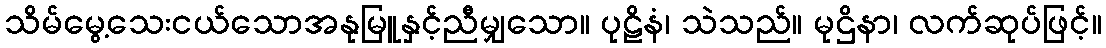
သိမ်မွေ့သေးငယ်သောအနုမြူနှင့်ညီမျှသော။ ပုဠိနံ၊ သဲသည်။ မုဌိနာ၊ လက်ဆုပ်ဖြင့်။